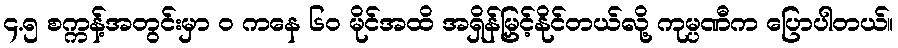
၄.၅ စက္ကန့်အတွင်းမှာ ၀ ကနေ ၆၀ မိုင်အထိ အရှိန်မြှင့်နိုင်တယ်လို့ ကုမ္ပဏီက ပြောပါတယ်။